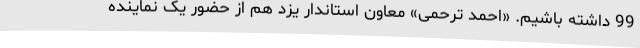
99 داشته باشیم. «احمد ترحمی» معاون استاندار یزد هم از حضور یک نماینده